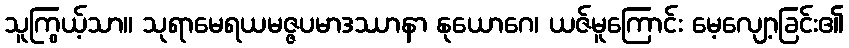
သူကြွယ့်သာ။ သုရာမေရယမဇ္ဇပမာဒဿာနာ နုယောဂေ၊ ယဇ်မူကြောင်း မေ့လျော့ခြင်း၏